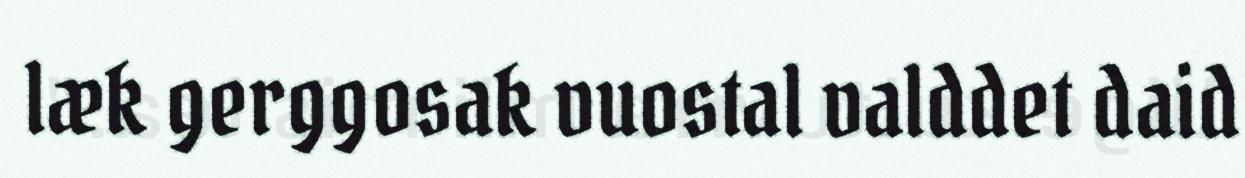
læk gerggosak vuostal valddet daid